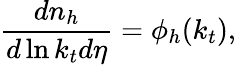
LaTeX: \frac{dn_{h}}{d\ln k_{t}d\eta}=\phi_{h}(k_{t}),